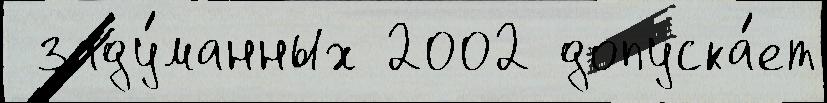
 заду́манных 2002 допуска́ет